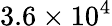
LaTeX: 3.6\times 10^{4}